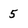
Character: 5